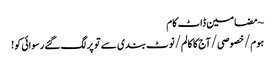
~ مضامین ڈاٹ کام
ہوم/خصوصی/آج کا کالم/نوٹ بندی سے تو پر لگ گئے رسوائی کو!